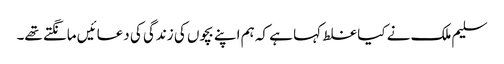
سلیم ملک نے کیا غلط کہا ہے کہ ہم اپنے بچوں کی زندگی کی دعائیں مانگتے تھے۔